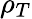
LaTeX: \rho_{T}